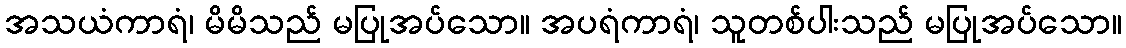
အသယံကာရံ၊ မိမိသည် မပြုအပ်သော။ အပရံကာရံ၊ သူတစ်ပါးသည် မပြုအပ်သော။